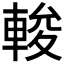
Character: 𨌘